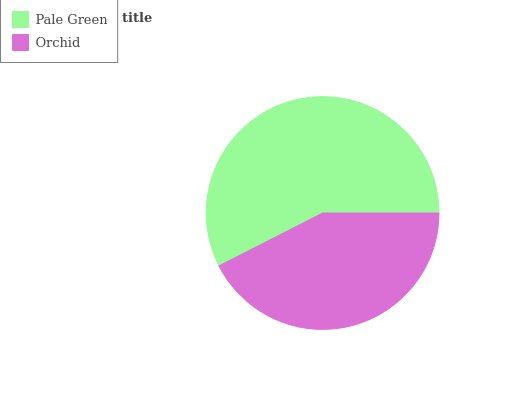
| Pale Green | Orchid |
 | --- | --- |
 | 57.5% | 42.5% |